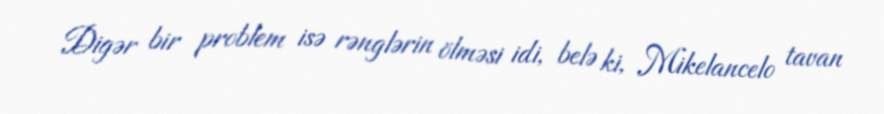
Digər bir problem isə rənglərin ölməsi idi, belə ki, Mikelancelo tavan